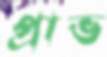
প্রাভ